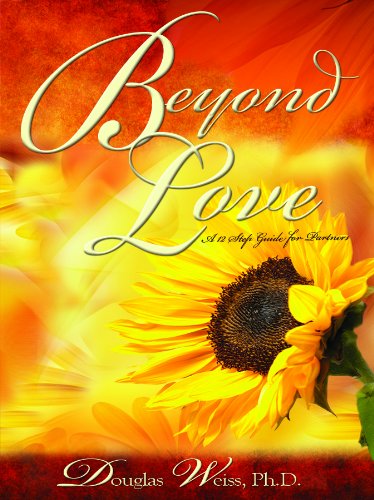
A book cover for Beyond Love: A 12 Step Guide for Partners; Douglas Weiss; Health, Fitness & Dieting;